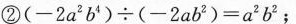
②$$( - 2 a ^ { 2 } b ^ { 4 } ) \div ( - 2 a b ^ { 2 } ) = a ^ { 2 } b ^ { 2 }$$；